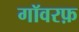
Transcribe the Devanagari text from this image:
गॉवरफ़